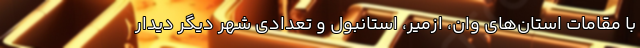
با مقامات استان‌های وان، ازمیر، استانبول و تعدادی شهر دیگر دیدار